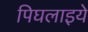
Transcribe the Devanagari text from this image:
पिघलाइये